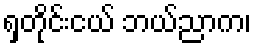
ရှတိုင်းငယ် ဘယ်ညာက၊